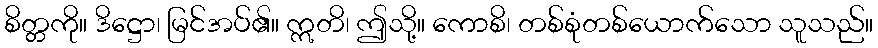
စိတ္တကို။ ဒိဋ္ဌော၊ မြင်အပ်၏။ ဣတိ၊ ဤသို့။ ကောစိ၊ တစ်စုံတစ်ယောက်သော သူသည်။